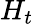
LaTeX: H_{t}